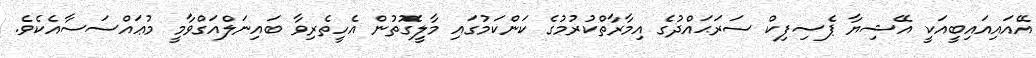
އޭއައިއައިބީއަކީ އޭޝިޔާ ޕެސިފިކް ސަރަޙައްދުގެ އިމާރާތްކުރުމުގެ ކަންކަމުގައި މާލީގޮތުން އެހީތެރިވާ ބައިނަލްއަގްވާމީ މުޢައްސަސާއެކެވެ.